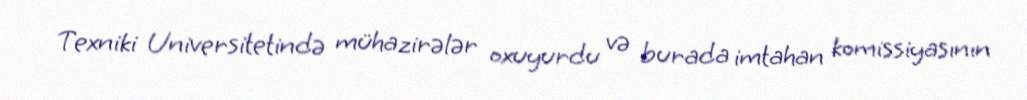
Texniki Universitetində mühazirələr oxuyurdu və burada imtahan komissiyasının